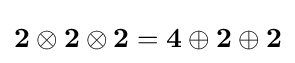
{\mathbf {2} }\otimes {\mathbf {2} }\otimes {\mathbf {2} }={\mathbf {4} }\oplus {\mathbf {2} }\oplus {\mathbf {2} }